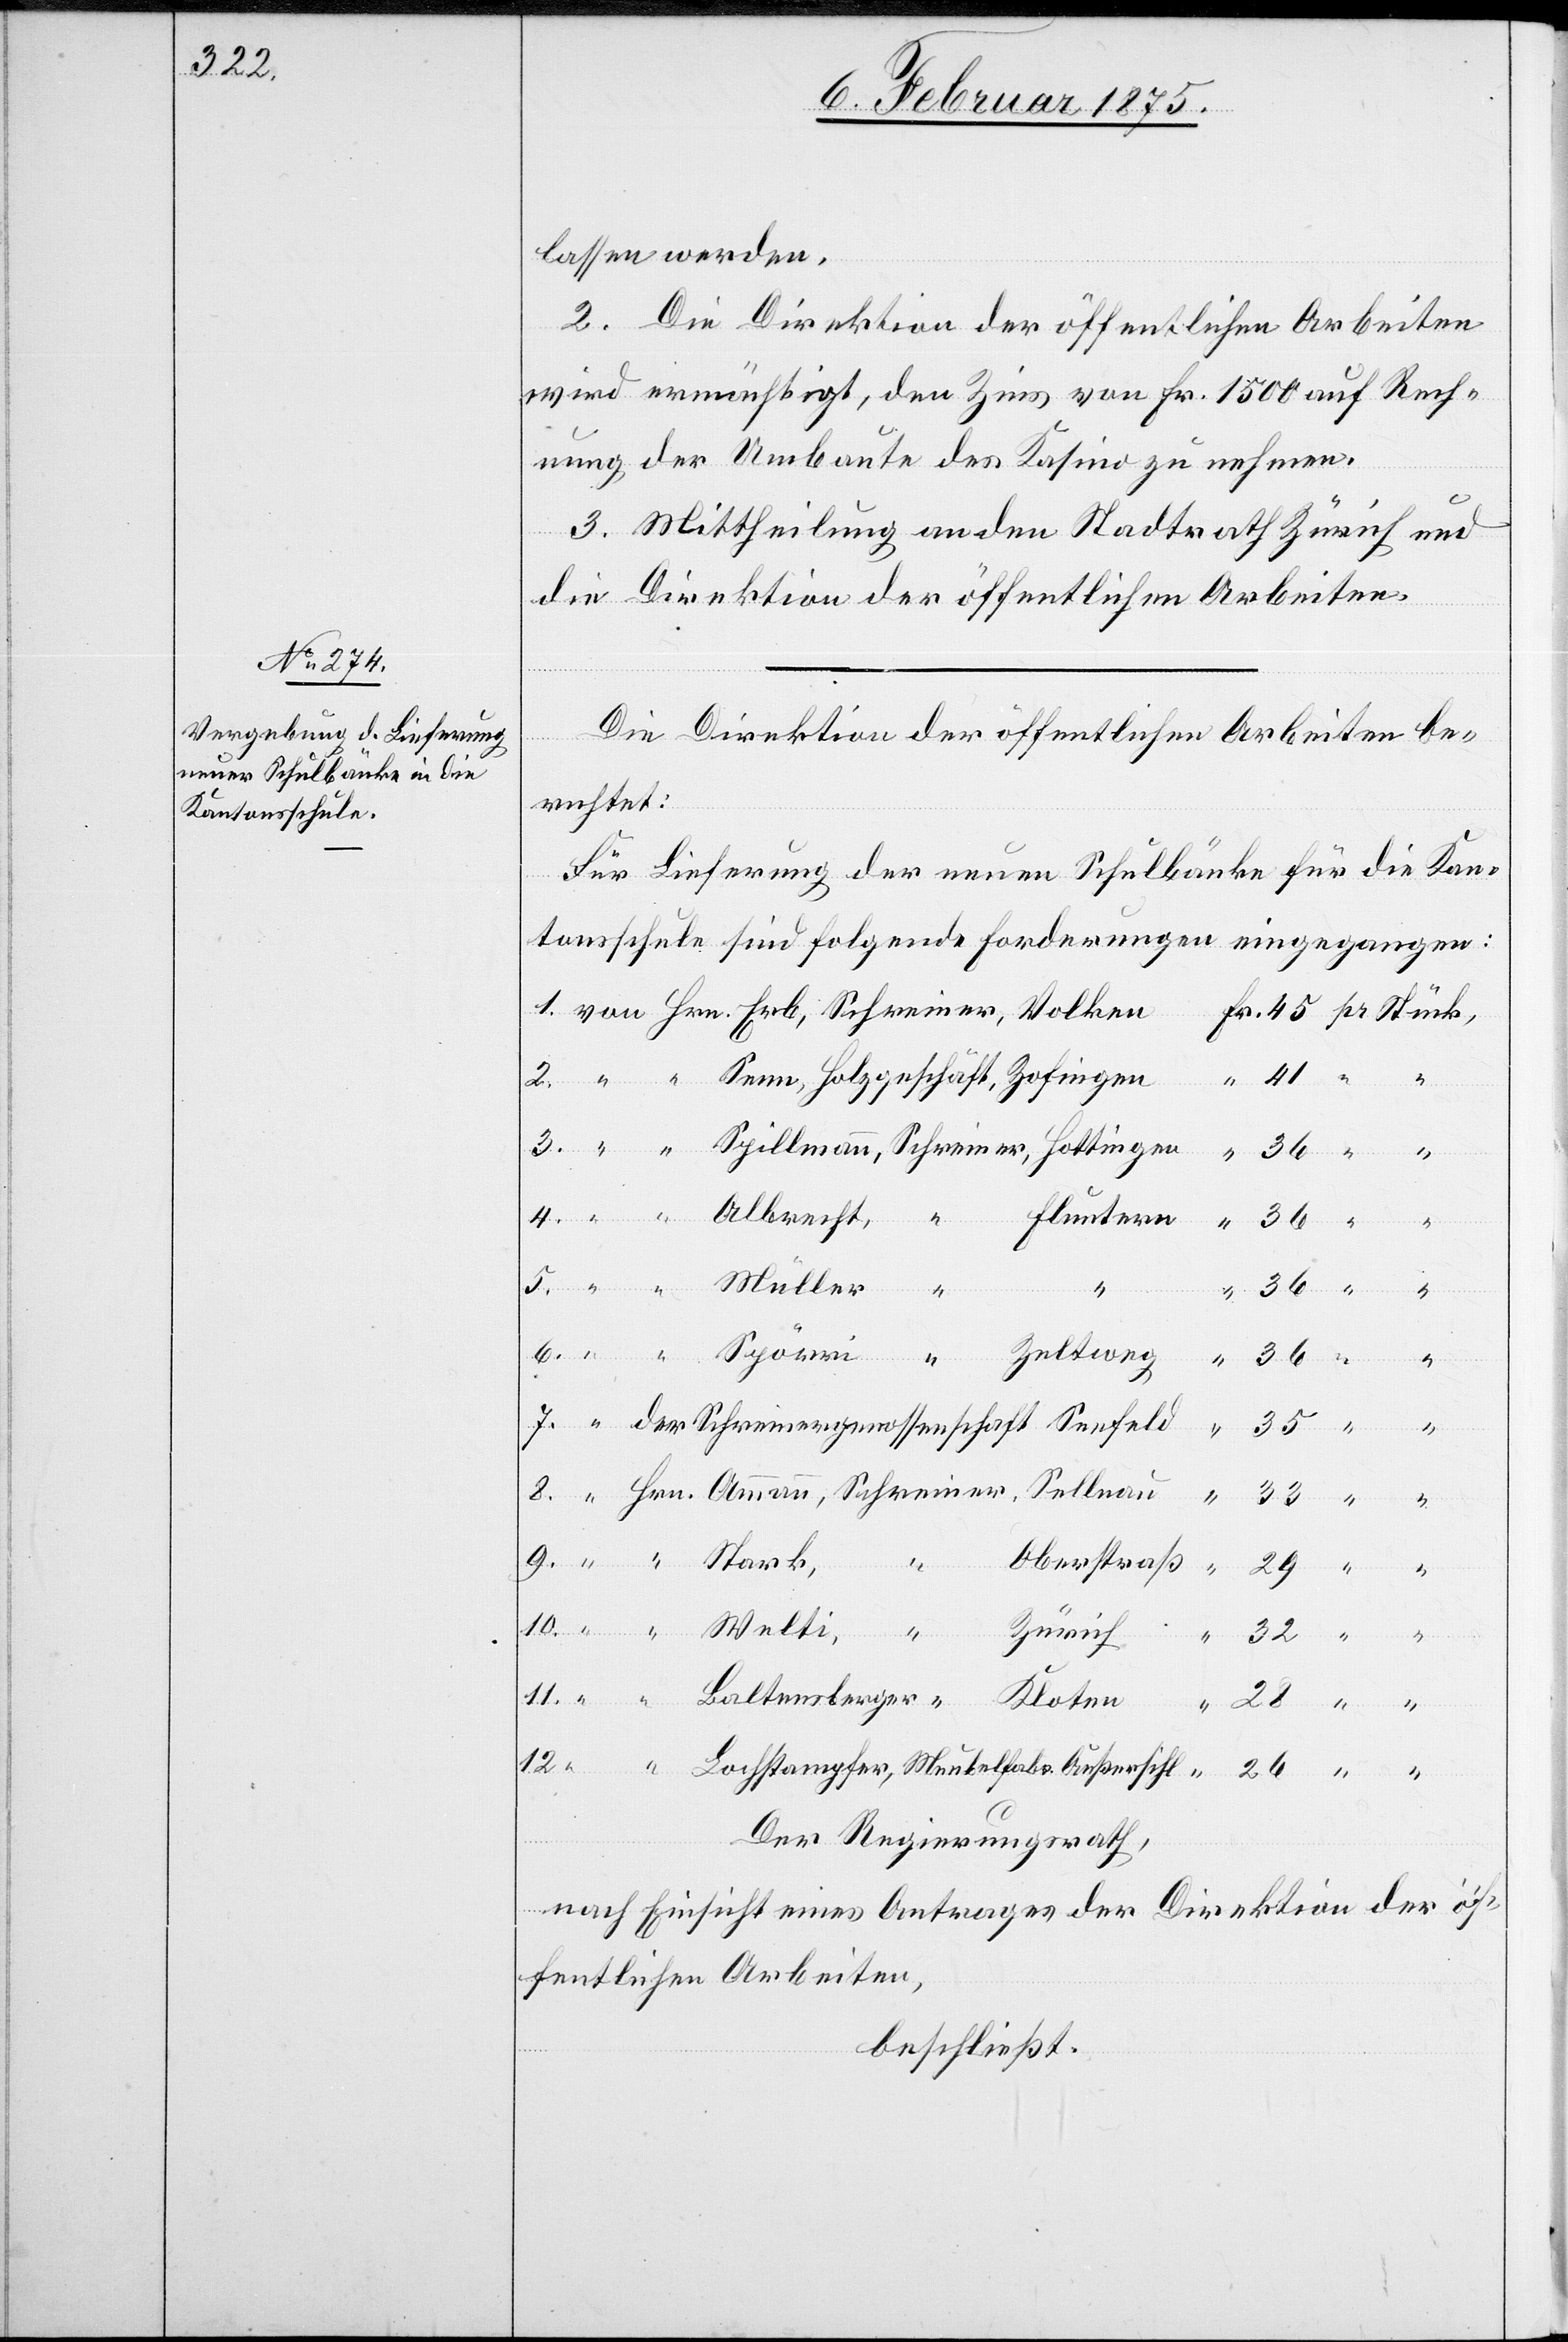
lassen werden.
2. Die Direktion der öffentlichen Arbeiten
wird ermächtigt, den Zins von Fr. 1500 auf Rech¬
nung der Umbaute des Kasino zu nehmen.
3. Mittheilung an den Stadtrath Zürich und
Hrn.
die Direktion der öffentlichen Arbeiten.
Die Direktion der öffentlichen Arbeiten be¬
richtet:
Für Lieferung der neuen Schulbänke für die Kan¬
tonsschule sind folgende Forderungen eingegangen:
Kloten
9.
“
Baltensberger “ ,
Lochstampfer, Meubelfabr. Außersihl
Der Regierungsrath,
nach Einsicht eines Antrages der Direktion der öf¬
fentlichen Arbeiten,
beschließt: